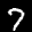
Label: 7